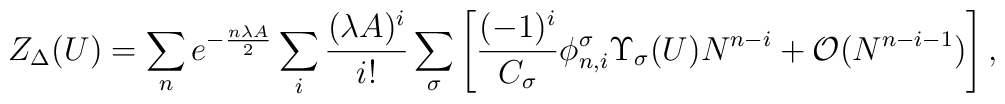
Z_{\Delta} (U) =\sum_{n}e^{-\frac{ n \lambda A}{2} }\sum_{i}\frac{(\lambda A)^i}{i!}\sum_{\sigma}\left[\frac{(-1)^i}{C_{\sigma}}  \phi^{\sigma}_{n,i}\Upsilon_{\sigma} (U) N^{n - i}+ {\cal O}( N^{n - i - 1} ) \right],